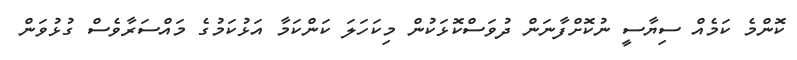
ކޮންމެ ކަމެއް ސިޔާސީ ނުކޮށްފާނަން ދުވަސްކޮޅަކުން މިކަހަލަ ކަންކަމާ އަޅުކަމުގެ މައްސަރާވެސް ގުޅުވަން